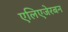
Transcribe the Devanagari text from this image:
एलिएजेरबन